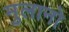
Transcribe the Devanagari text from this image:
मुलानो